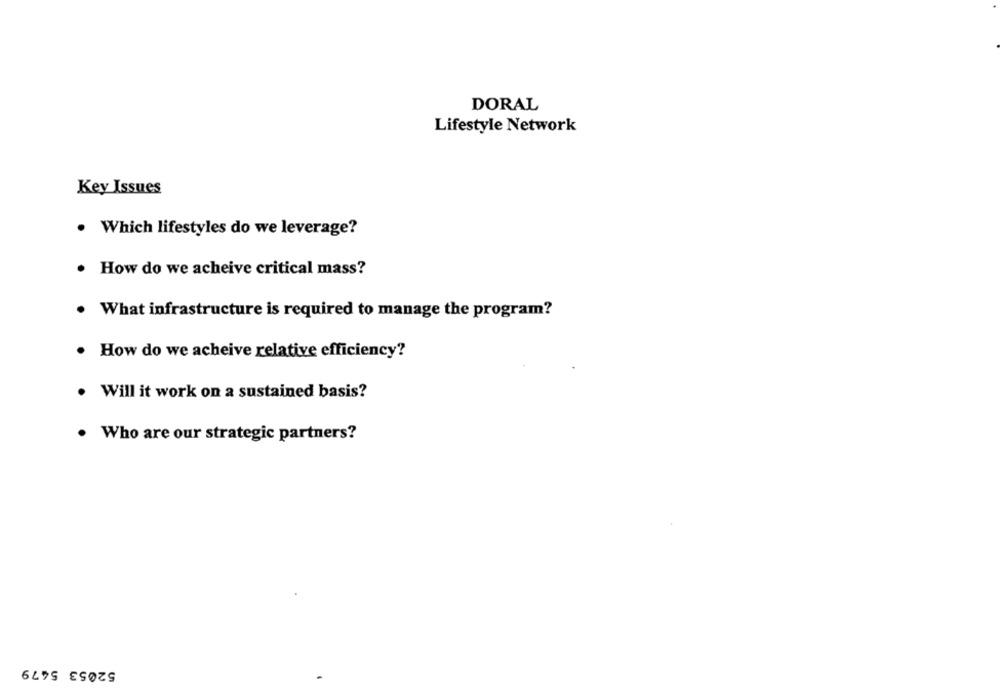
DORAL
Lifestyle Network
Key Issues
· Which lifestyles do we leverage?
· How do we acheive critical mass?
What infrastructure is required to manage the program?
How do we acheive relative efficiency?
· Will it work on a sustained basis?
. Who are our strategic partners?
52053 5479